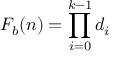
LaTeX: F _ { b } ( n ) = \prod _ { i = 0 } ^ { k - 1 } d _ { i }